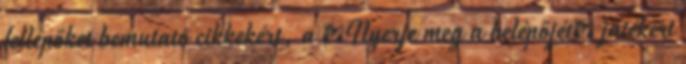
fellépőket bemutató cikkekért, a Nyerje meg a belépőjét játékért